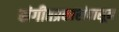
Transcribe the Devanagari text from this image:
संगीतप्रकारांपासून